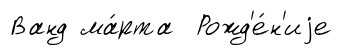
Ванд ма́рта Рожд'е́н'иjе